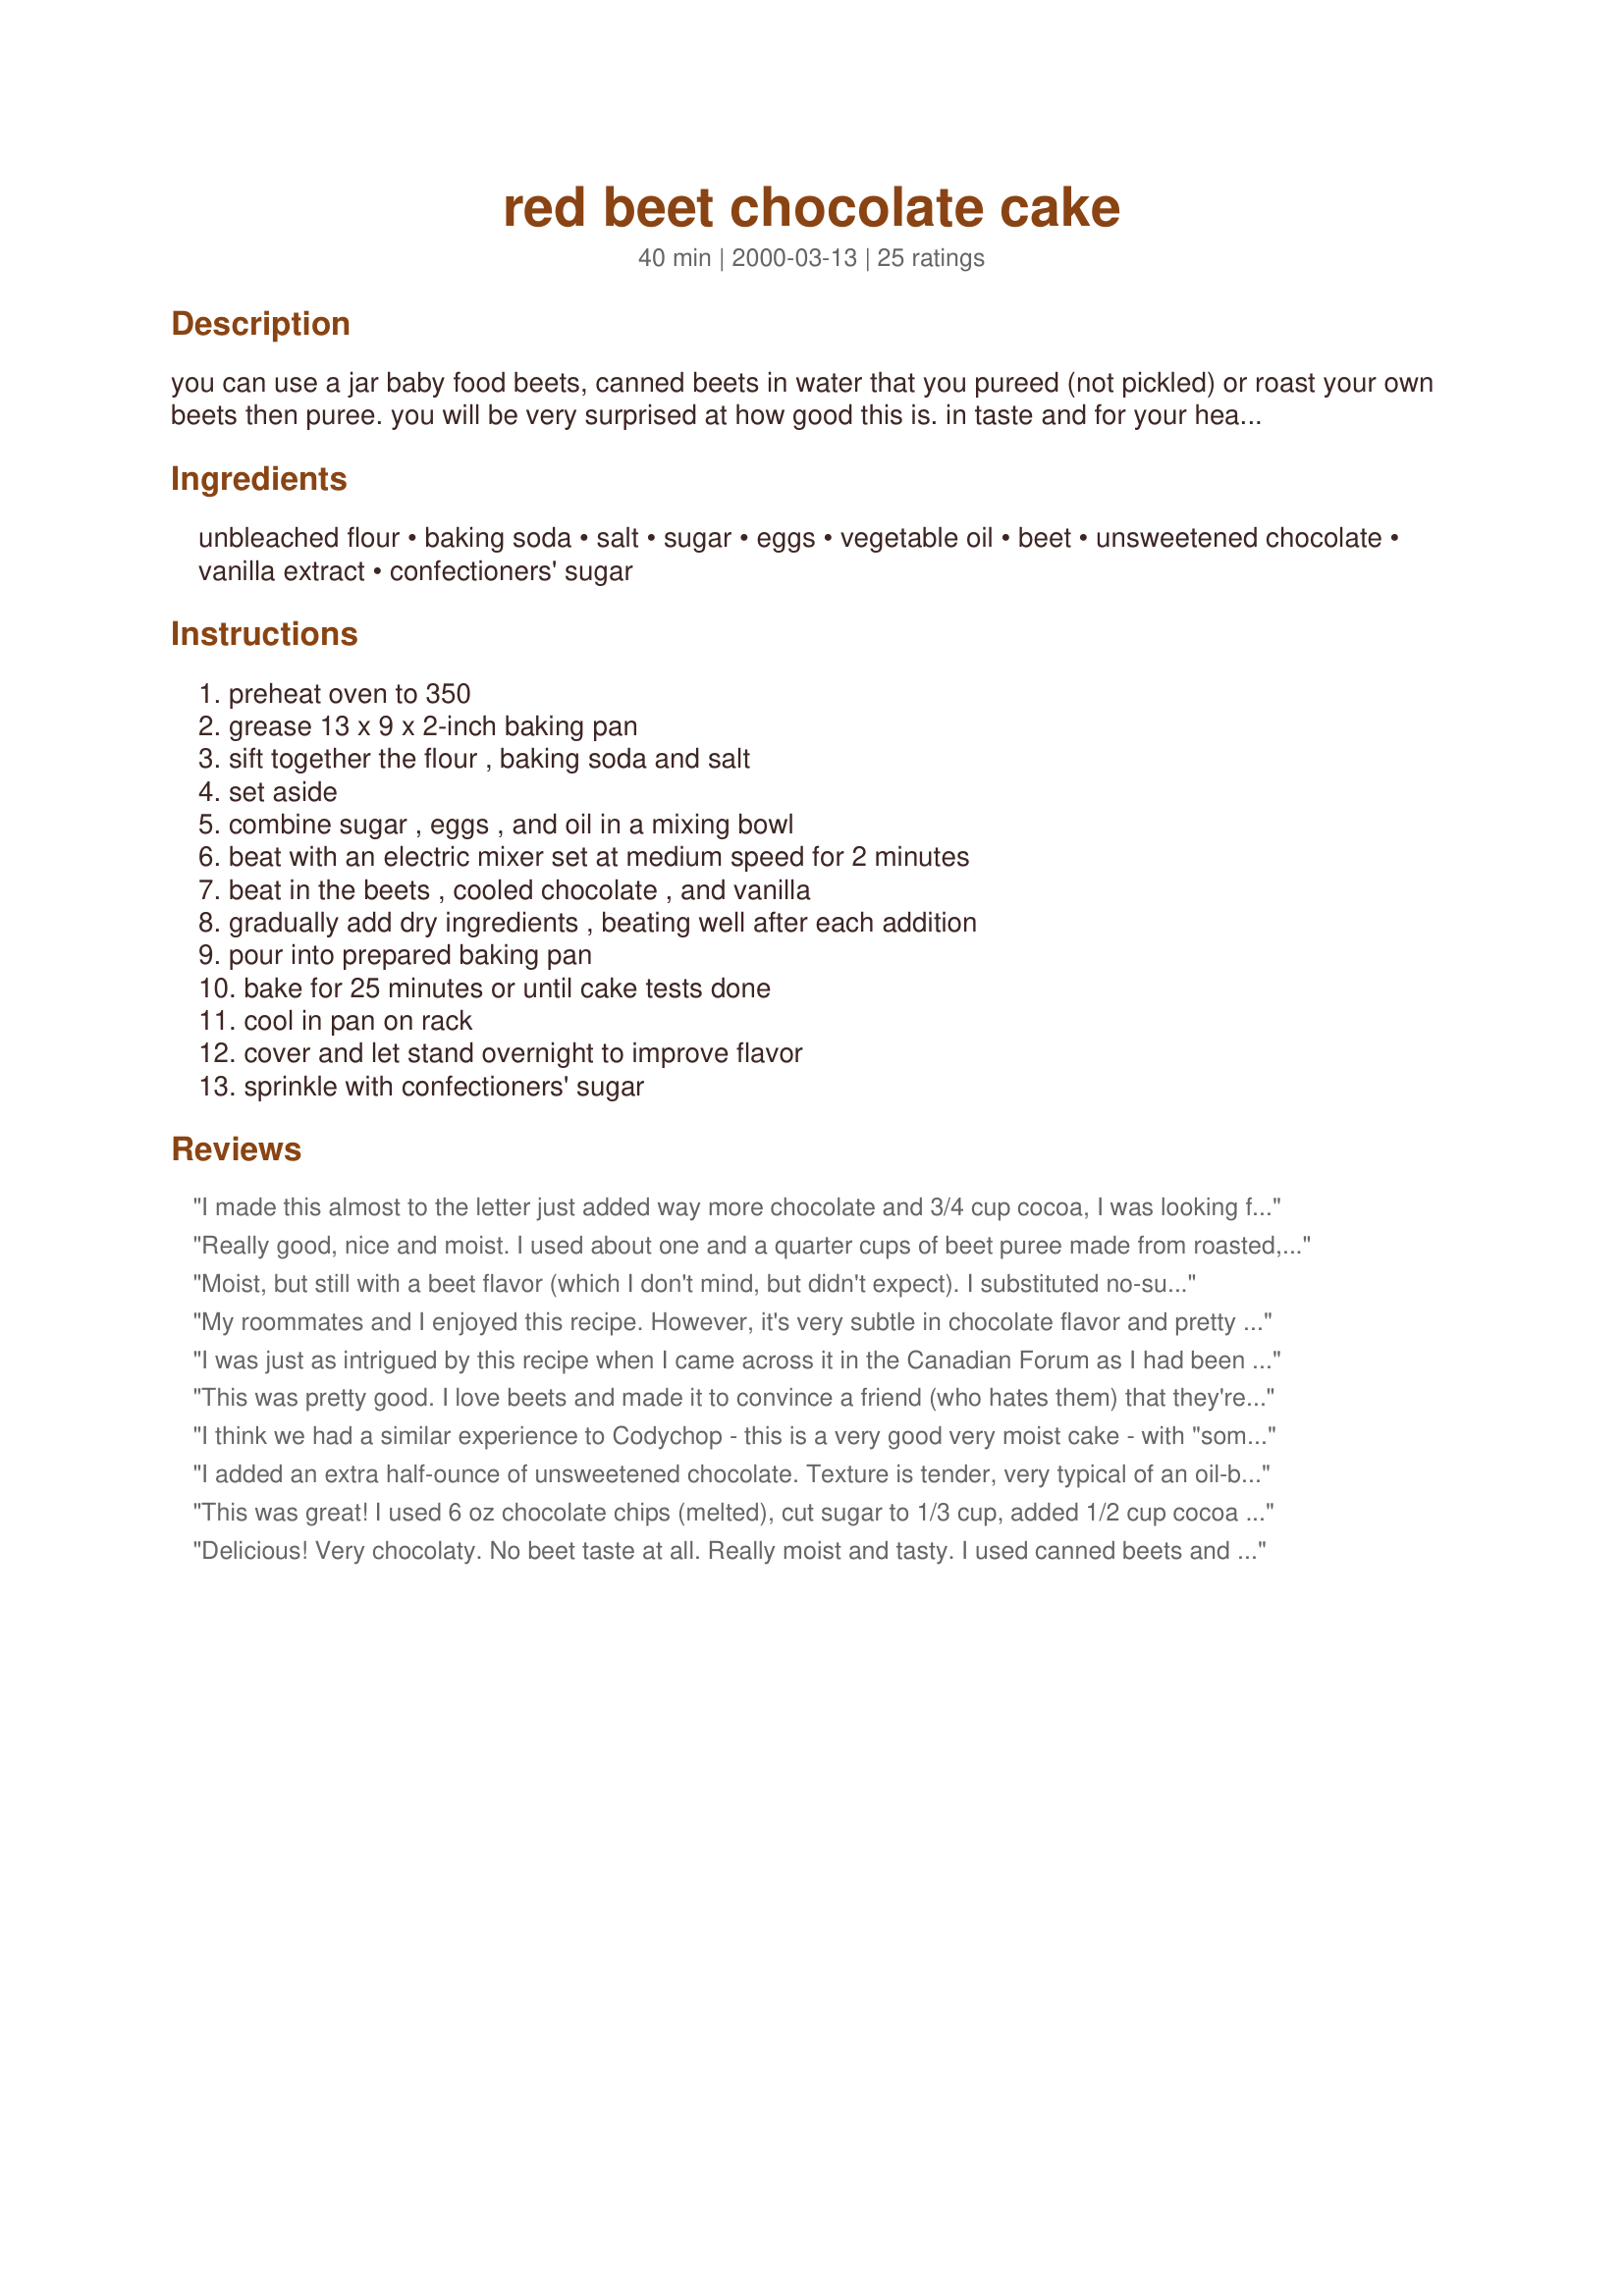
red beet chocolate cake
Preparation time: 40 minutes

you can use a jar baby food beets, canned beets in water that you pureed (not pickled) or roast your own beets then puree. you will be very surprised at how good this is. in taste and for your health.
beets are high in carbohydrates and low in fat. containing phosphorus, sodium, magnesium, calcium, iron, potassium, as well as fiber, vitamins a and c, niacin, folic acid, and biotin.

Ingredients:
unbleached flour, baking soda, salt, sugar, eggs, vegetable oil, beet, unsweetened chocolate, vanilla extract, confectioners' sugar

Steps:
preheat oven to 350, grease 13 x 9 x 2-inch baking pan, sift together the flour , baking soda and salt, set aside, combine sugar , eggs , and oil in a mixing bowl, beat with an electric mixer set at medium speed for 2 minutes, beat in the beets , cooled chocolate , and vanilla, gradually add dry ingredients , beating well after each addition, pour into prepared baking pan, bake for 25 minutes or until cake tests done, cool in pan on rack, cover and let stand overnight to improve flavor, sprinkle with confectioners' sugar

Reviews:
I made this almost to the letter just added way more chocolate and 3/4 cup cocoa, I was looking for something really rich with chocolate. I made one with canned and one with fresh boiled beets....the fresh beets were better by far.
Really good, nice and moist. I used about one and a quarter cups of beet puree made from roasted, peeled and then slightly steamed beets. I used the steam/boil water (around 1/2 cup) to help puree the beets. Similar to others, I added 1 tbsp of cocoa powder to up the chocolate flavour as a quick sample of the batter without it tasted to strong of beets for my liking.
Moist, but still with a beet flavor (which I don't mind, but didn't expect). I substituted no-sugar applesauce for the oil, and added pecans and some shredded chocolate for a little more texture. I don't think I'd make it again. The zucchini chocolate cakes are tastier to me.
My roommates and I enjoyed this recipe. However, it's very subtle in chocolate flavor and pretty oily. I would make this cake again but cut down on the oil and amp up the chocolate.
I was just as intrigued by this recipe when I came across it in the Canadian Forum as I had been when I first came across what is surely a younger sibling or perhaps a cousin recipe: Trick and Treat Muffins Recipe #125634. Having made the muffins, I was fully confident of excellent results with Rita’s chocolate cake recipe and the results were an absolute delight! A deliciously moist and flavoursome cake which everyone has LOVED! Everyone has wanted a second slice. I’m really looking forward to sharing this with others. No-one but NO-ONE has guessed at that secret – beetroot - ingredient, and everyone is totally astonished when told that it is a major ingredient. Be prepared to send a piece of this cake home with your friends when they try this and have some copies of the recipe on hand: they’ll want both!
This was pretty good. I love beets and made it to convince a friend (who hates them) that they're not that bad. DH and DD both liked the cake even with my "lightened up" changes. If you know there are beets in the cake, you can definitely taste them. If you don't know, it just tastes like a nice, light chocolate cake "with something else..." but DH and DD never guessed BEETS!<br/><br/>I boiled the beets, then peeled, then pureed.<br/><br/>I got it down to 3 WW Point Plus Values/serving with the following changes:<br/>-replace all oil with unsweetened applesauce<br/>-replace eggs with 3/4 c Egg Beaters<br/>-24 servings, not 16<br/>-up to 3/4 c powdered sugar (which would be A LOT!)
I think we had a similar experience to Codychop - this is a very good very moist cake - with "something" you just can't put a finger on. I could of course, I roasted the beets, and peeled the beets, and pureed the beets, and tried VERY hard not to get beet juice on anything white! :) So I was kind of "primed", but I served this to my extended family and most people liked it. My picky picky 5 yo DD loved it, even after being told it had beets in it halfway through, she continued gobbling. :) My DS loved it (he's only one, though. He loves everything!) My DH, who hates chocolate cake says he didn't like it, but it is by far the best chocolate cake he's ever tried. :) We discussed maybe using semisweet chocolate or cinnamon to help downplay the "odd" flavor. I think I would make this again, playing with the seasonings if I recieve beets in my co-op share again. Thanks for an unusual experience! :)
I added an extra half-ounce of unsweetened chocolate. Texture is tender, very typical of an oil-based cake. Not very sweet, which is nice. Great aroma, and it does get better the next day. I will say that it tested done at 35 minutes with a toothpick, although the center did wobble a little when I shook it. Still, the pick came out dry and I took it out. And sure enough, it fell a little. No matter; still yummy. I do want to make it as a 2-layer cake with a mocha frosting, probably the one from the Cafe Beaujolais Cookbook.
This was great! I used 6 oz chocolate chips (melted), cut sugar to 1/3 cup, added 1/2 cup cocoa powder, and subbed coconut oil for canola. Very chocolaty, not too sweet, and most importantly, we couldn&#039;t taste the beets (don&#039;t tell my daughter!).
Delicious! Very chocolaty. No beet taste at all. Really moist and tasty. I used canned beets and added a few shakes of cinnamon, a teaspoon of Jameson whiskey (whiskey is great with chocolate! Try substituting it for water in your favorite boxed brownie mix... heavenly!), 1 teaspoon of chocolate extract, 2 Tbsp of Dutch Process cocoa (increased sugar by 4 Tbsp) and a pinch of cardamom. Cake tester came out clean after 25 min, but center was still gooey. Ensuring cake springs back when touched is a better test of doneness.
I took this to a church dinner and no one could tell what the mystery ingredient. It is delicious and moist and easy to make, what more could you want. Definitely will be making this again! Thanks for sharing.
This cake is so delicious! I substituted half of the oil with applesauce and cut the sugar to one cup (I like my cake on the less sweet side). This turned out so moist and fluffy and no one could tell that there were beets in it. It didn't taste off or funky, rather it added a depth of taste to it and was probably one of the best chocolate cakes we had eaten! I will definitely be making this again. Thanks for posting this recipe!
Nice moist cake. Very different to use beets in here. You do NOT taste the beets, it just does something wonderful to the chocolate and gives it a BOOST of yum! GREAT recipe Rita! Thanks for sharing!
What a wonderful recipe, so incredibly moist. I put some chocolate chips in the batter and when it was done I put chocolate icing on. What a wonderful way to sneak some extra veggies into unsuspecting kids. Thank's for posting.
WOW!! So good. I think I used a pan that was too small. I also subbed most of the oil for applesauce and it increased the bake time >20minutes. I also replaced 1/3 cup flour with cocoa powder. Had I just added the cocoa powder my cook time might have stayed the same.
Mine looks just like the photo. Anyone would like this and it has a wonderful texture. I used half oil, half aplasauce to cut down calories a bit, and 1 cup sugar and half a cup Splenda. I'll be making this again for sure. The food processor didn't get the beets to the texture I wanted, so I used the immersion blender on them after the food processor.
when i first read the ingredients for this cake i was skeptical, i never used beets for anything except salads, and since i love trying new recipes i decided to make the cake, it was very very delicious with an exotic taste coming from the beets, and it was so moist.
i really loved the cake and planning to do it again.
Absolutely great cake. Cannot believe the red beet I have always disliked could be used in a cake! I can't stop eating it once I have a piece...neither can the family :)
can't wait to buy beet again!
thank u so much for posting this recipe...
This is a wonderfully delicious cake! I can't believe it is so moist and it doesn't even need frosting, the confectioners sugar is exactly right. I was very skeptical at first, and even when I popped it in the oven, I thought "I'm gonna end up throwing this out". Not a chance! My DH HATES Beets, and I'm gonna trick him into trying this cake. I know he's gonna gobble it up!!! Thanks RitaL for adopting this fabulous recipe!
If I could give this more stars I would! This is the best chocolate cake I've ever made. I used canned beets and added cocoa powder in addition to the melted chocolate. I was looking for a cake that would hold together when cut so I could make a kitty cake for my son's 4th birthday(I posted some photos). This cake held together using several shapes of pans and was still unbelievably moist and delicious!! I'll use this as my regular recipe every year. Thank you VERY much!! It was a hit with all the kids and parents too!
I really enjoyed this cake. I used 1/2 cup applesauce with 1/2 cup oil and would keep it that way since it turned out sooo moist. Grest texture also. It doesn't taste like a regular chocolate cake, but I don't find it tastes like beet. A great way to sneek in some extra veggie.
Really delicious. I used fresh roasted beets (pureed) and 1/2 cocoa powder instead of the melted squares. It turned out very moist and tasty. It definitely had a goofy flavor though. Not bad though...you just can't really hide the fact there's 'something' extra in this cake....like a pound of beets or something :)
I loved this cake. It's ,moist and it came out as if it had frosting on the top. The beets brought more of the chocolate flavor out. Great Receipe!
Delicious! I had fresh beets in my weekly produce delivery box and wanted to try something new with them. This recipe was it. I roasted the beets in the oven (drizzled with a little honey) and then pureed them in the blender. I also melted chocolate chips (about 1/2 c melted) because I didn't have any unsweetened chocolate. It turned out great - and the kids loved it! They had no idea that beets were the secret ingredient in their "chocolate" cake.
Amazing! If I had not put them in there myself I would not have known there were beets in this cake. It should also be noted that I don't like beets but I sure did like this cake. I did add 2 ounces more chocolate because after tasting the batter, I found it to be sweet but without much of a flavour. I poured into muffin tins and made as cupcakes. They were moist and chocolatey. Yum. From now on this is the only chocolate cake recipe that I'll be serving and I won't be telling about the beets cause no one will believe me anyway:-)My only concern is the amount of oil in this recipe will see if I can tweak it to make it more heart healthy.
